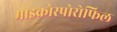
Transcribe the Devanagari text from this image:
माइक्रोस्पोरोफिल